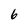
Character: 6